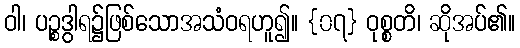
ဝါ၊ ပဉ္စဒွါရ၌ဖြစ်သောအသံဝရဟူ၍။ {၀၇} ဝုစ္စတိ၊ ဆိုအပ်၏။